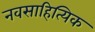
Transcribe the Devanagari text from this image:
नवसाहित्यिक